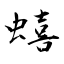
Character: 蟢